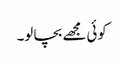
کوئی مجھے بچا لو۔